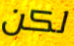
لكن